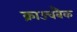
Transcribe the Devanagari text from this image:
क्राउचबैक